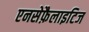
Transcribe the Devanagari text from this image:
एनसेफ़ैलाइटिज